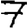
Digit: 7